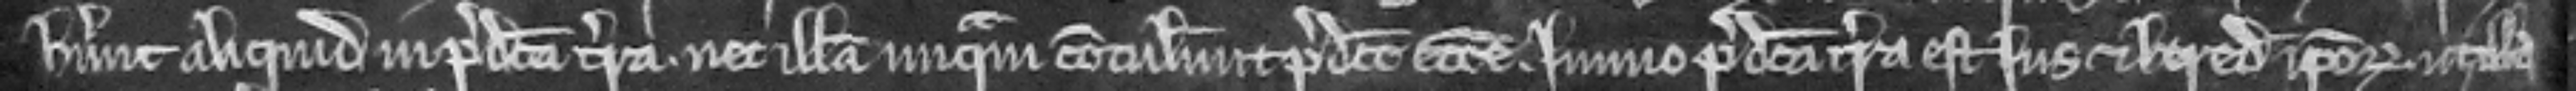
habuerunt aliquid in predicta terra nec illam unquam contulerunt predicte ecclesie. Immo predicta terra est jus et hereditas ipsorum ut illa